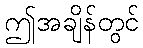
ဤအချိန်တွင်